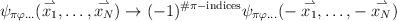
LaTeX: \begin{align*}\psi_{\pi\varphi\ldots}(\stackrel{\rightharpoonup}{x_1},\ldots, \stackrel{\rightharpoonup}{x_N})\rightarrow(-1)^{\#\pi-{\rm indices}}\psi_{\pi\varphi\ldots}(-\stackrel{\rightharpoonup}{x_1},\ldots, -\stackrel{\rightharpoonup}{x_N})\end{align*}